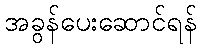
အခွန်ပေးဆောင်ရန်